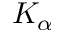
K _ { \alpha }